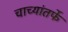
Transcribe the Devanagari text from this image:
चाच्यांतर्फे